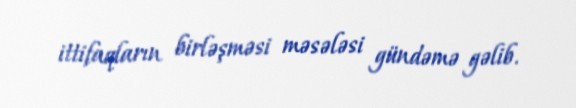
ittifaqların birləşməsi məsələsi gündəmə gəlib.